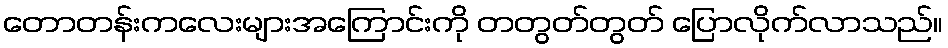
တောတန်းကလေးများအကြောင်းကို တတွတ်တွတ် ပြောလိုက်လာသည်။